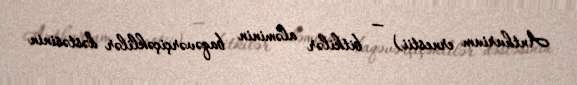
Anthurium ernestii) — bitkilər aləminin baqəvərçiçəklilər dəstəsinin